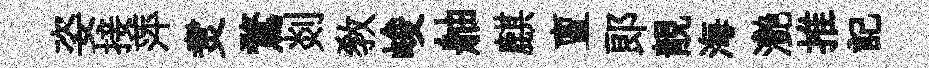
姿接萍煑鶩剡教峻舳麒亶郎靚海灧推記